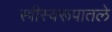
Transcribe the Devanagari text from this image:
स्त्रीस्वरूपातले